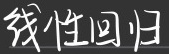
线性回归